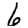
Digit: 6